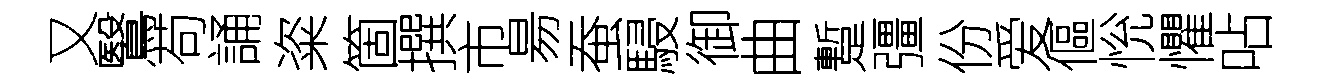
又鷖苟誦粢箇撰市昜蚕駸御曲蹔彊份爱傴恱懼呫